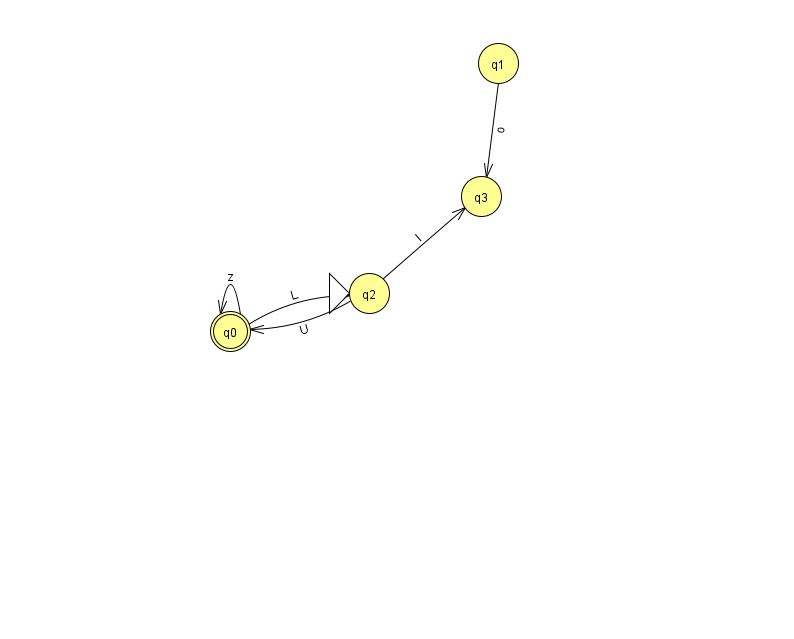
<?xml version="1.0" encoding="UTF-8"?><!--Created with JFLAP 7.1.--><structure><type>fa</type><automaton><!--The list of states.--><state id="0" name="q0"><x>230.0</x><y>318.0</y><final/></state><state id="1" name="q1"><x>498.0</x><y>50.0</y></state><state id="2" name="q2"><x>369.0</x><y>280.0</y><initial/></state><state id="3" name="q3"><x>481.0</x><y>183.0</y></state><!--The list of transitions.--><transition><from>0</from><to>2</to><read>L</read></transition><transition><from>1</from><to>3</to><read>o</read></transition><transition><from>2</from><to>3</to><read>l</read></transition><transition><from>0</from><to>0</to><read>z</read></transition><transition><from>2</from><to>0</to><read>U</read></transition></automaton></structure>